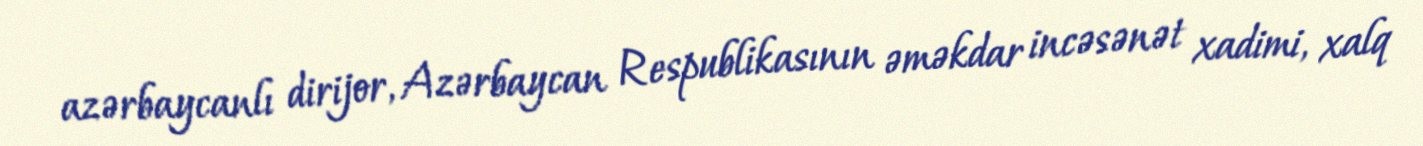
azərbaycanlı dirijor, Azərbaycan Respublikasının əməkdar incəsənət xadimi, xalq